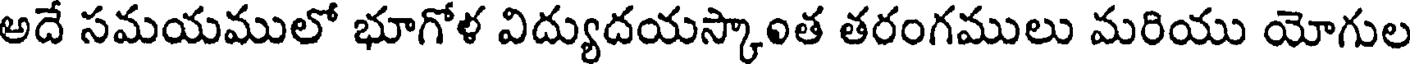
అదే సమయములో భూగోళ విద్యుదయస్కాంత తరంగములు మరియు యోగుల